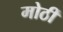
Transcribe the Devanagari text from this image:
मोठीं